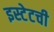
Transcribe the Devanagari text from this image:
इस्टेटची